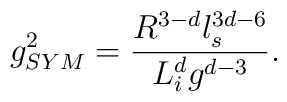
g_{SYM}^2 = \frac {R^{3-d} l_s^{3d-6}}{L_i^d g^{d-3}}.